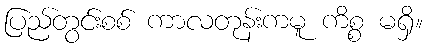
ပြည်တွင်းစစ် ကာလတုန်းကမူ ကိစ္စ မရှိ။